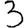
Digit: 3